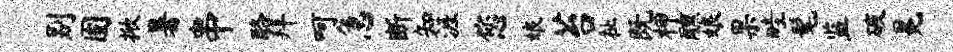
别固掀暑串酪拜呵急断知涯您娘苔祉既柙醺娘果畦髦监破冕